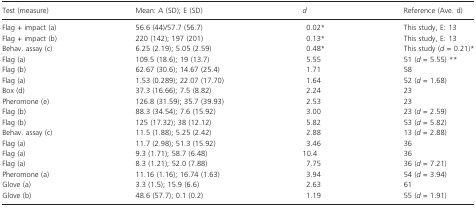
| Test (measure) | Mean: A (SD); E (SD) | d | Reference (Ave. d) |
 | --- | --- | --- | --- |
 | Flag + impact (a) | 56.6 (44)/57.7 (56.7) | 0.02* | This study, E: 13 |
 | Flag + impact (b) | 220 (142); 197 (201) | 0.13* | This study, E: 13 |
 | Behav. assay (c) | 6.25 (2.19); 5.05 (2.59) | 0.48* | This study (d = 0.21)* |
 | Flag (a) | 109.5 (18.6); 19 (13.7) | 5.55 | 51 (d = 5.55) ** |
 | Flag (b) | 62.67 (30.6); 14.67 (25.4) | 1.71 | 58 |
 | Flag (a) | 1.53 (0.289); 22.07 (17.70) | 1.64 | 52 (d = 1.68) |
 | Box (d) | 37.3 (16.66); 7.5 (8.82) | 2.24 | 23 |
 | Pheromone (e) | 126.8 (31.59); 35.7 (39.93) | 2.53 | 23 |
 | Flag (b) | 88.3 (34.54); 7.6 (15.92) | 3.00 | 23 (d = 2.59) |
 | Flag (b) | 125 (17.32); 38 (12.12) | 5.82 | 53 (d = 5.82) |
 | Behav. assay (c) | 11.5 (1.88); 5.25 (2.42) | 2.88 | 13 (d = 2.88) |
 | Flag (a) | 11.7 (2.98); 51.3 (15.92) | 3.46 | 36 |
 | Flag (a) | 9.3 (1.71); 58.7 (6.48) | 10.4 | 36 |
 | Flag (a) | 8.3 (1.21); 52.0 (7.88) | 7.75 | 36 (d = 7.21) |
 | Pheromone (a) | 11.16 (1.16); 16.74 (1.63) | 3.94 | 54 (d = 3.94) |
 | Glove (a) | 3.3 (1.5); 15.9 (6.6) | 2.63 | 61 |
 | Glove (b) | 48.6 (57.7); 0.1 (0.2) | 1.19 | 55 (d = 1.91) |